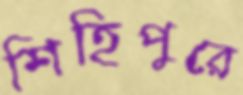
শিহিপুরে